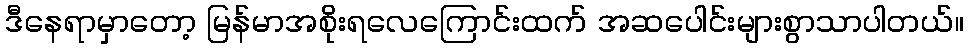
ဒီနေရာမှာတော့ မြန်မာအစိုးရလေကြောင်းထက် အဆပေါင်းများစွာသာပါတယ်။